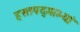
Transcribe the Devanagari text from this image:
हस्तपद्माभ्यां